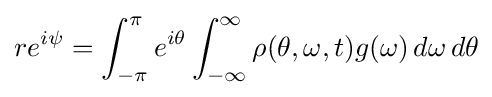
re^{i\psi }=\int _{-\pi }^{\pi }e^{i\theta }\int _{-\infty }^{\infty }\rho (\theta ,\omega ,t)g(\omega )\,d\omega \,d\theta